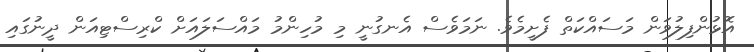
އޮޅުންފިލުވަން މަސައްކަތް ފެށީމެވެ. ނަމަވެސް އެނގުނީ މި މުހިންމު މައްސަލައަށް ކްރިސްޓިއަން ދީނުގައި